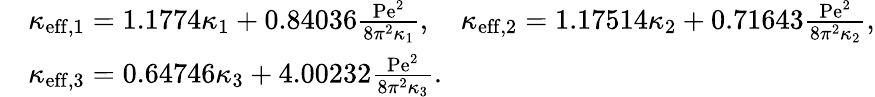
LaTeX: \begin{array}{rl}&{\kappa_{\mathrm{eff},1}=1.1774\kappa_{1}+0.84036\frac{\mathrm{Pe}^{2}}{8\pi^{2}\kappa_{1}},\quad\kappa_{\mathrm{eff},2}=1.17514\kappa_{2}+0.71643\frac{\mathrm{Pe}^{2}}{8\pi^{2}\kappa_{2}},}\\ &{\kappa_{\mathrm{eff},3}=0.64746\kappa_{3}+4.00232\frac{\mathrm{Pe}^{2}}{8\pi^{2}\kappa_{3}}.}\end{array}